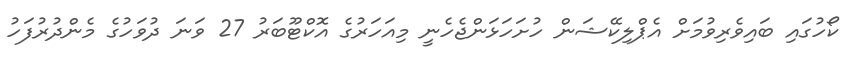
ކޯހުގައި ބައިވެރިވުމަށް އެޕްލިކޭޝަން ހުށަހަޅަންޖެހެނީ މިއަހަރުގެ އޮކްޓޫބަރު 27 ވަނަ ދުވަހުގެ މެންދުރުފަހު